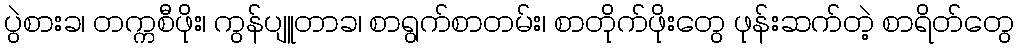
ပွဲစားခ၊ တက္ကစီဖိုး၊ ကွန်ပျူတာခ၊ စာရွက်စာတမ်း၊ စာတိုက်ဖိုးတွေ ဖုန်းဆက်တဲ့ စာရိတ်တွေ